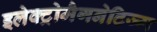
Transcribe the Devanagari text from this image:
इलेक्ट्रोमैगनेटिज्म